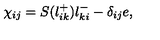
\chi _ { i j } = S ( l _ { i k } ^ { + } ) l _ { k i } ^ { - } - \delta _ { i j } e ,